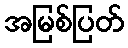
အမြစ်ပြတ်